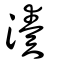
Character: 湊